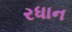
રધાન